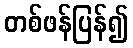
တစ်ဖန်ပြန်၍